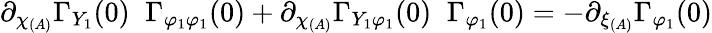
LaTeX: \partial_{\chi_{(A)}}\Gamma_{Y_{1}}(0)\; \; \Gamma_{\varphi_{1}\varphi_{1}}(0)+\partial_{\chi_{(A)}}\Gamma_{Y_{1}\varphi_{1}}(0)\; \; \Gamma_{\varphi_{1}}(0)=-\partial_{\xi_{(A)}}\Gamma_{\varphi_{1}}(0)